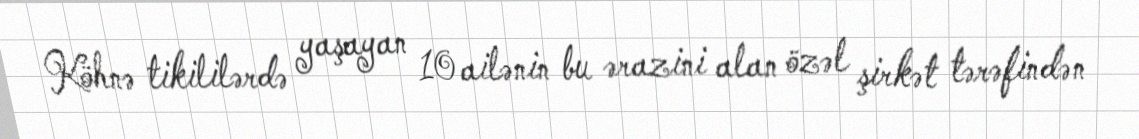
Köhnə tikililərdə yaşayan 10 ailənin bu ərazini alan özəl şirkət tərəfindən